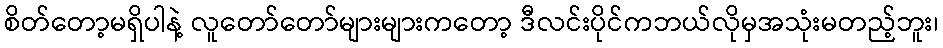
စိတ်တော့မရှိပါနဲ့ လူတော်တော်များများကတော့ ဒီလင်းပိုင်ကဘယ်လိုမှအသုံးမတည့်ဘူး၊